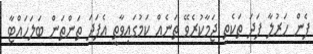
ފެން ހަރުލާ ފަދަ ތަކެތި ޖަމާކުރެވޭ ތަނެއް ކަމުގައިވާތީ އެފަދަ ތަންތަން ބަލަހައްޓާ